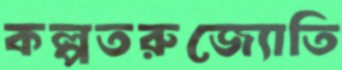
কল্পতরুজ্যোতি